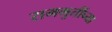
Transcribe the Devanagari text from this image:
राममुर्तीच्या